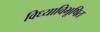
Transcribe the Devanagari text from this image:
विध्याविभूषित